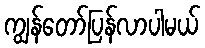
ကျွန်တော်ပြန်လာပါမယ်